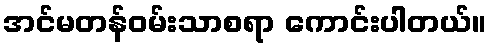
အင်မတန်ဝမ်းသာစရာ ကောင်းပါတယ်။